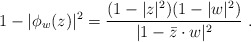
\begin{align*} 1-|\phi_w(z)|^2=\frac{(1-|z|^2) (1-|w|^2)}{|1-\bar z\cdot w|^2}\ .\end{align*}